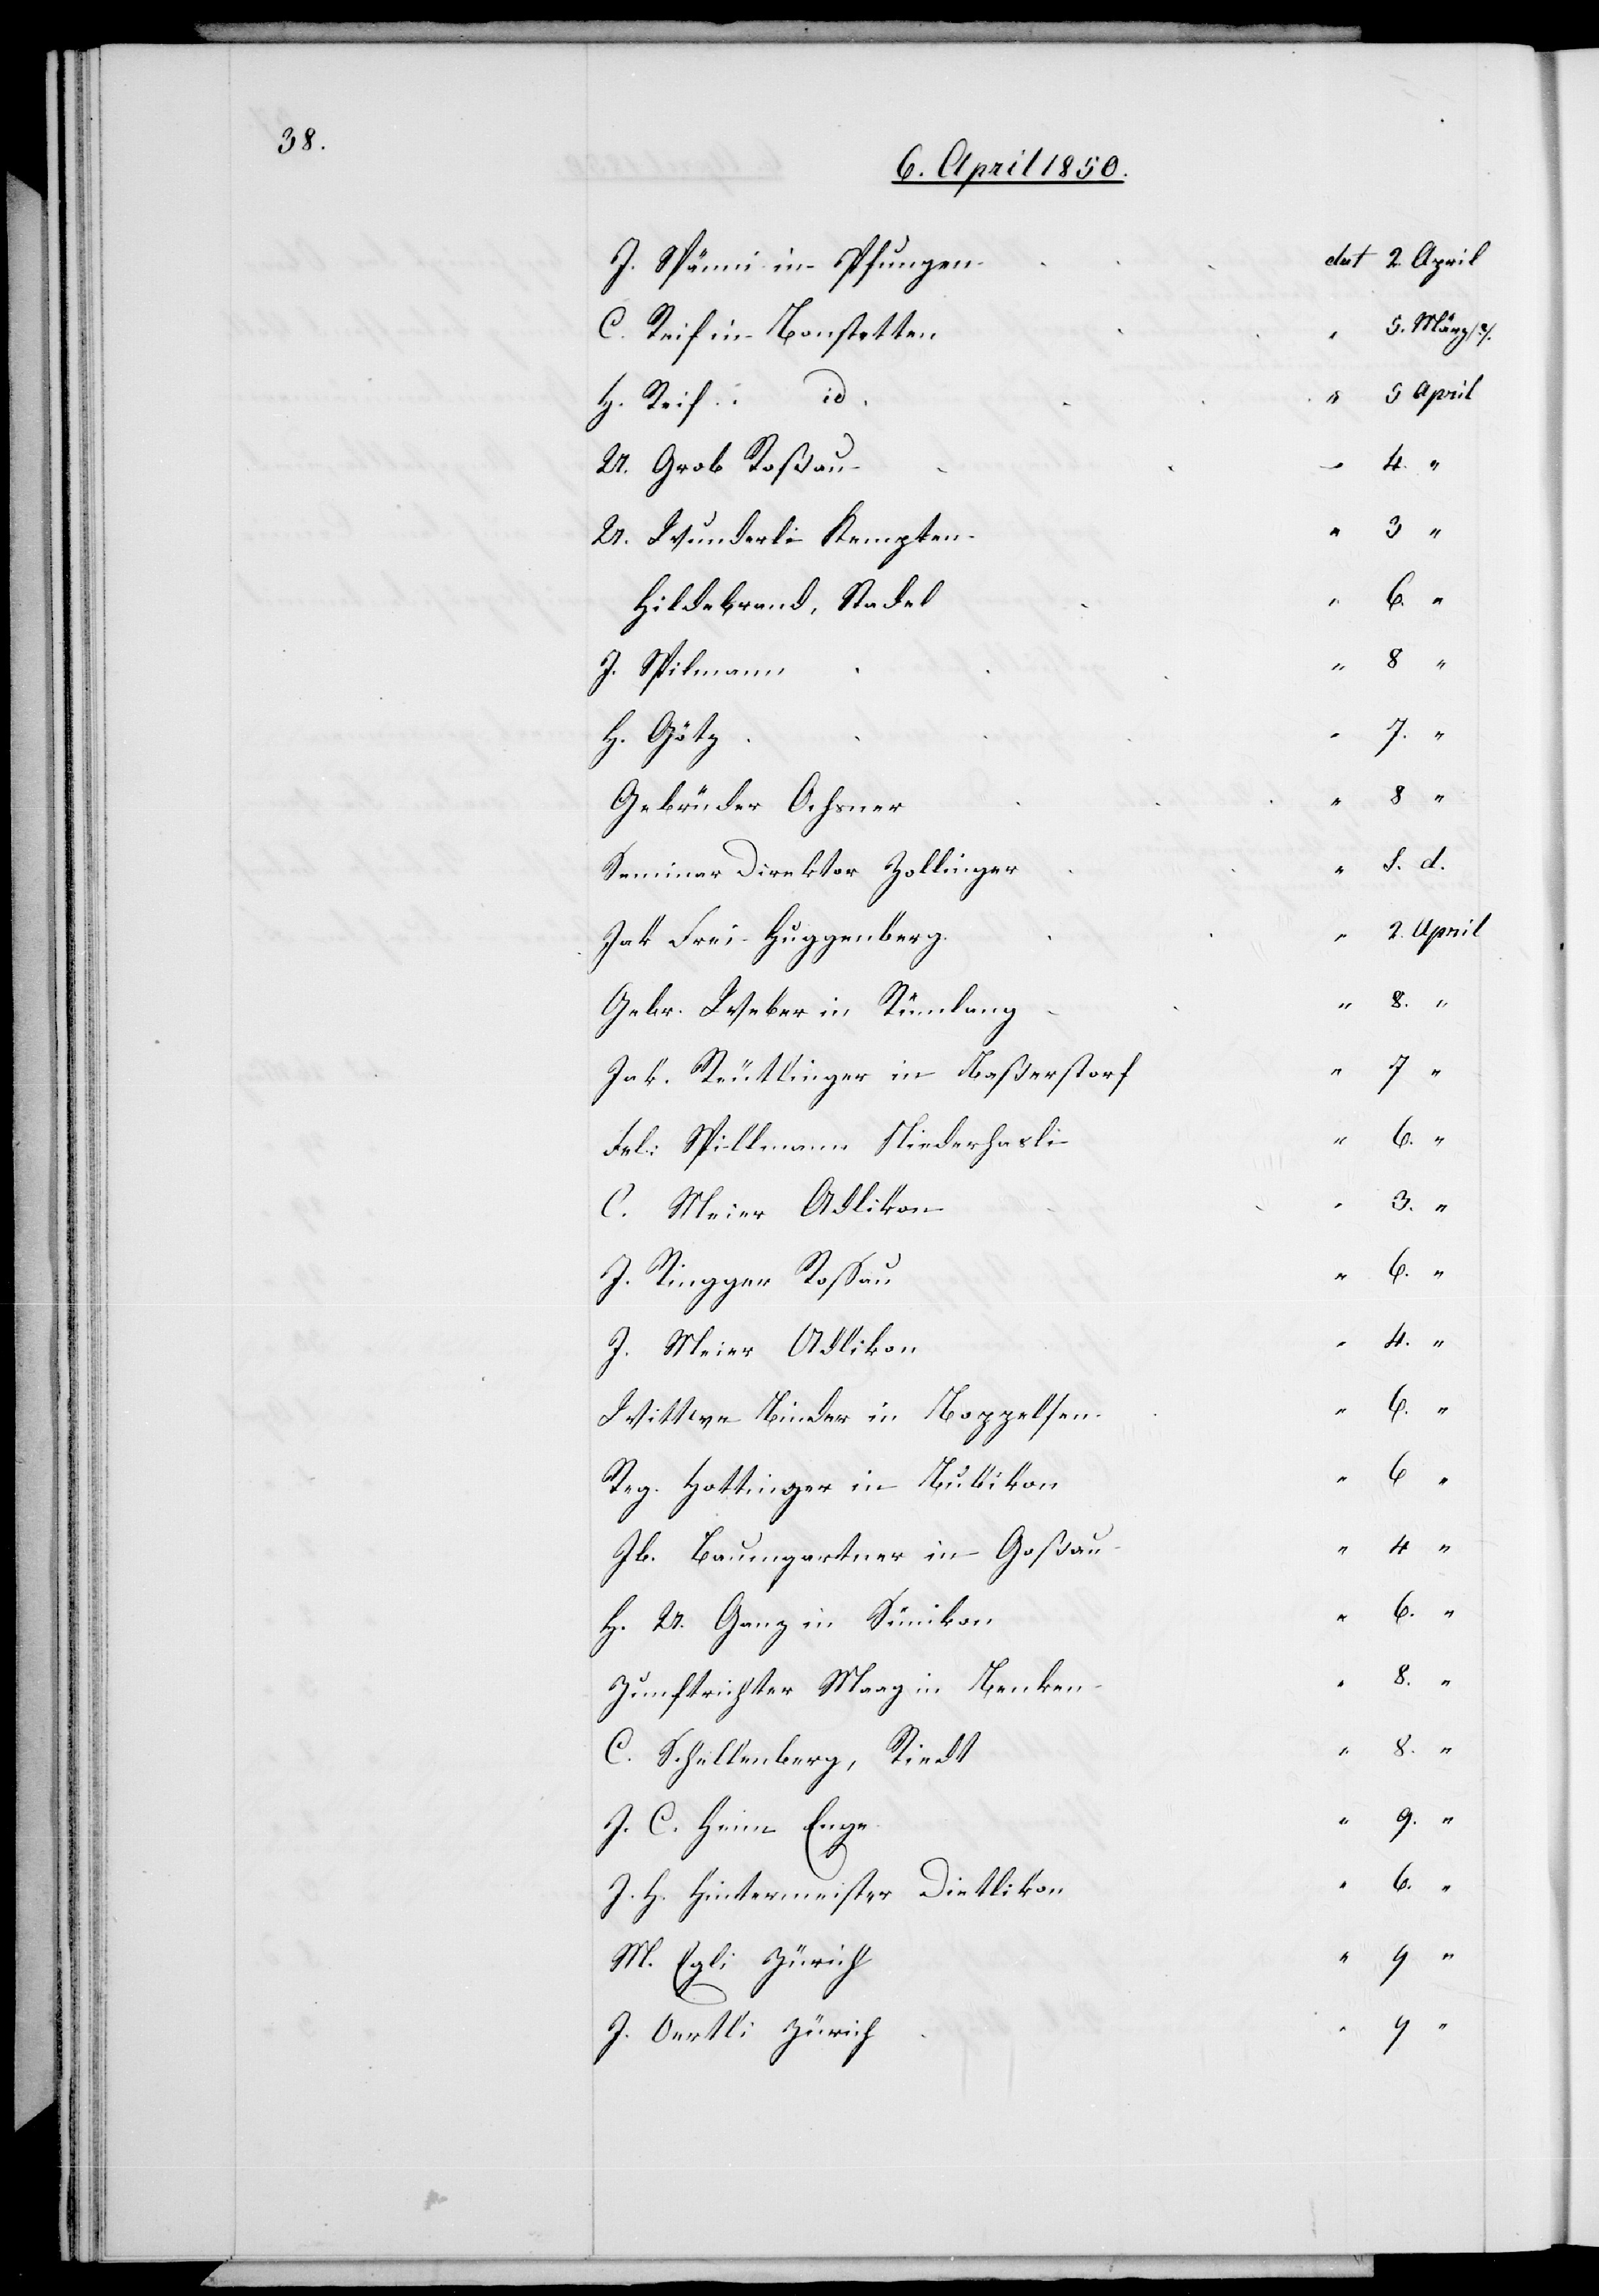
C. Reif in Bonstetten
H. Reif id.
U. Grob Roßau
U. Wunderli Kempten
Hildebrand-Stadel
J. Spilmann
Gebrüder Ochsner
Seminar Direktor Zollinge¬
Jak Frei Huggenberg
Gebr. Weber in Rümlang
Jak. Reutlinger in Baßerstorf
Fel: Spillmann Niederhasli
C. Meier Adlikon
J. Ringger Roßau
J. Meier Adlikon
Wittwe Binder in Boppelsen
Reg. Hottinger in Bubikon
H. U. Ganz in Sünikon
Zunftrichter Maag in Benken
C. Schellenberg, Riedt
J. C. Heim Enge
J. H. Hintermeister Dietlikon
M. Egli Zürich
J. Oertli Zürich

r		S.

d.
J.
Jb.